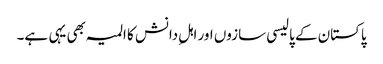
پاکستان کے پالیسی سازوں اور اہلِ دانش کا المیہ بھی یہی ہے۔